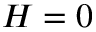
H = 0